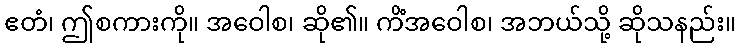
ဧတံ၊ ဤစကားကို။ အဝေါစ၊ ဆို၏။ ကိံအဝေါစ၊ အဘယ်သို့ ဆိုသနည်း။